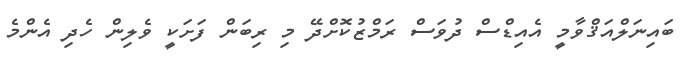
ބައިނަލްއަޤްވާމީ އެއިޑްސް ދުވަސް ރަމްޒުކޮށްދޭ މި ރިބަން ފަށަކީ ވެލިން ހެދި އެންމެ